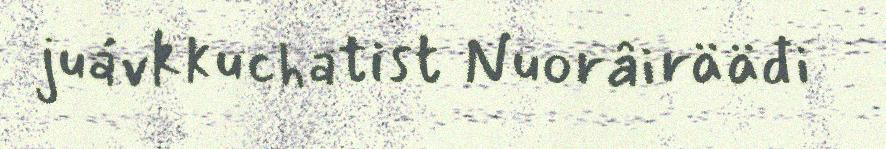
juávkkuchatist Nuorâirääđi